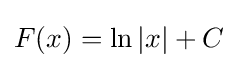
F(x)=\ln |x|+C